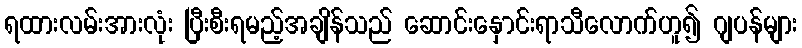
ရထားလမ်းအားလုံး ပြီးစီးရမည့်အချိန်သည် ဆောင်းနှောင်းရာသီလောက်ဟူ၍ ဂျပန်များ